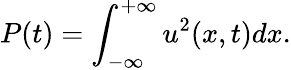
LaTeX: P(t)=\int_{-\infty}^{+\infty}u^{2}(x,t)dx.